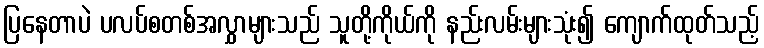
ပြနေတာပဲ ပလပ်စတစ်အလွှာများသည် သူတို့ကိုယ်ကို နည်းလမ်းများသုံး၍ ကျောက်ထုတ်သည့်